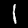
Digit: 1